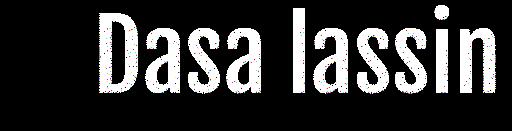
Dasa lassin